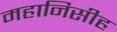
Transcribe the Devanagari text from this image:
महानिसीह